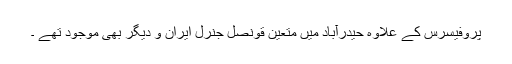
پروفیسرس کے علاوہ حیدرآباد میں متعین قونصل جنرل ایران و دیگر بھی موجود تھے ۔